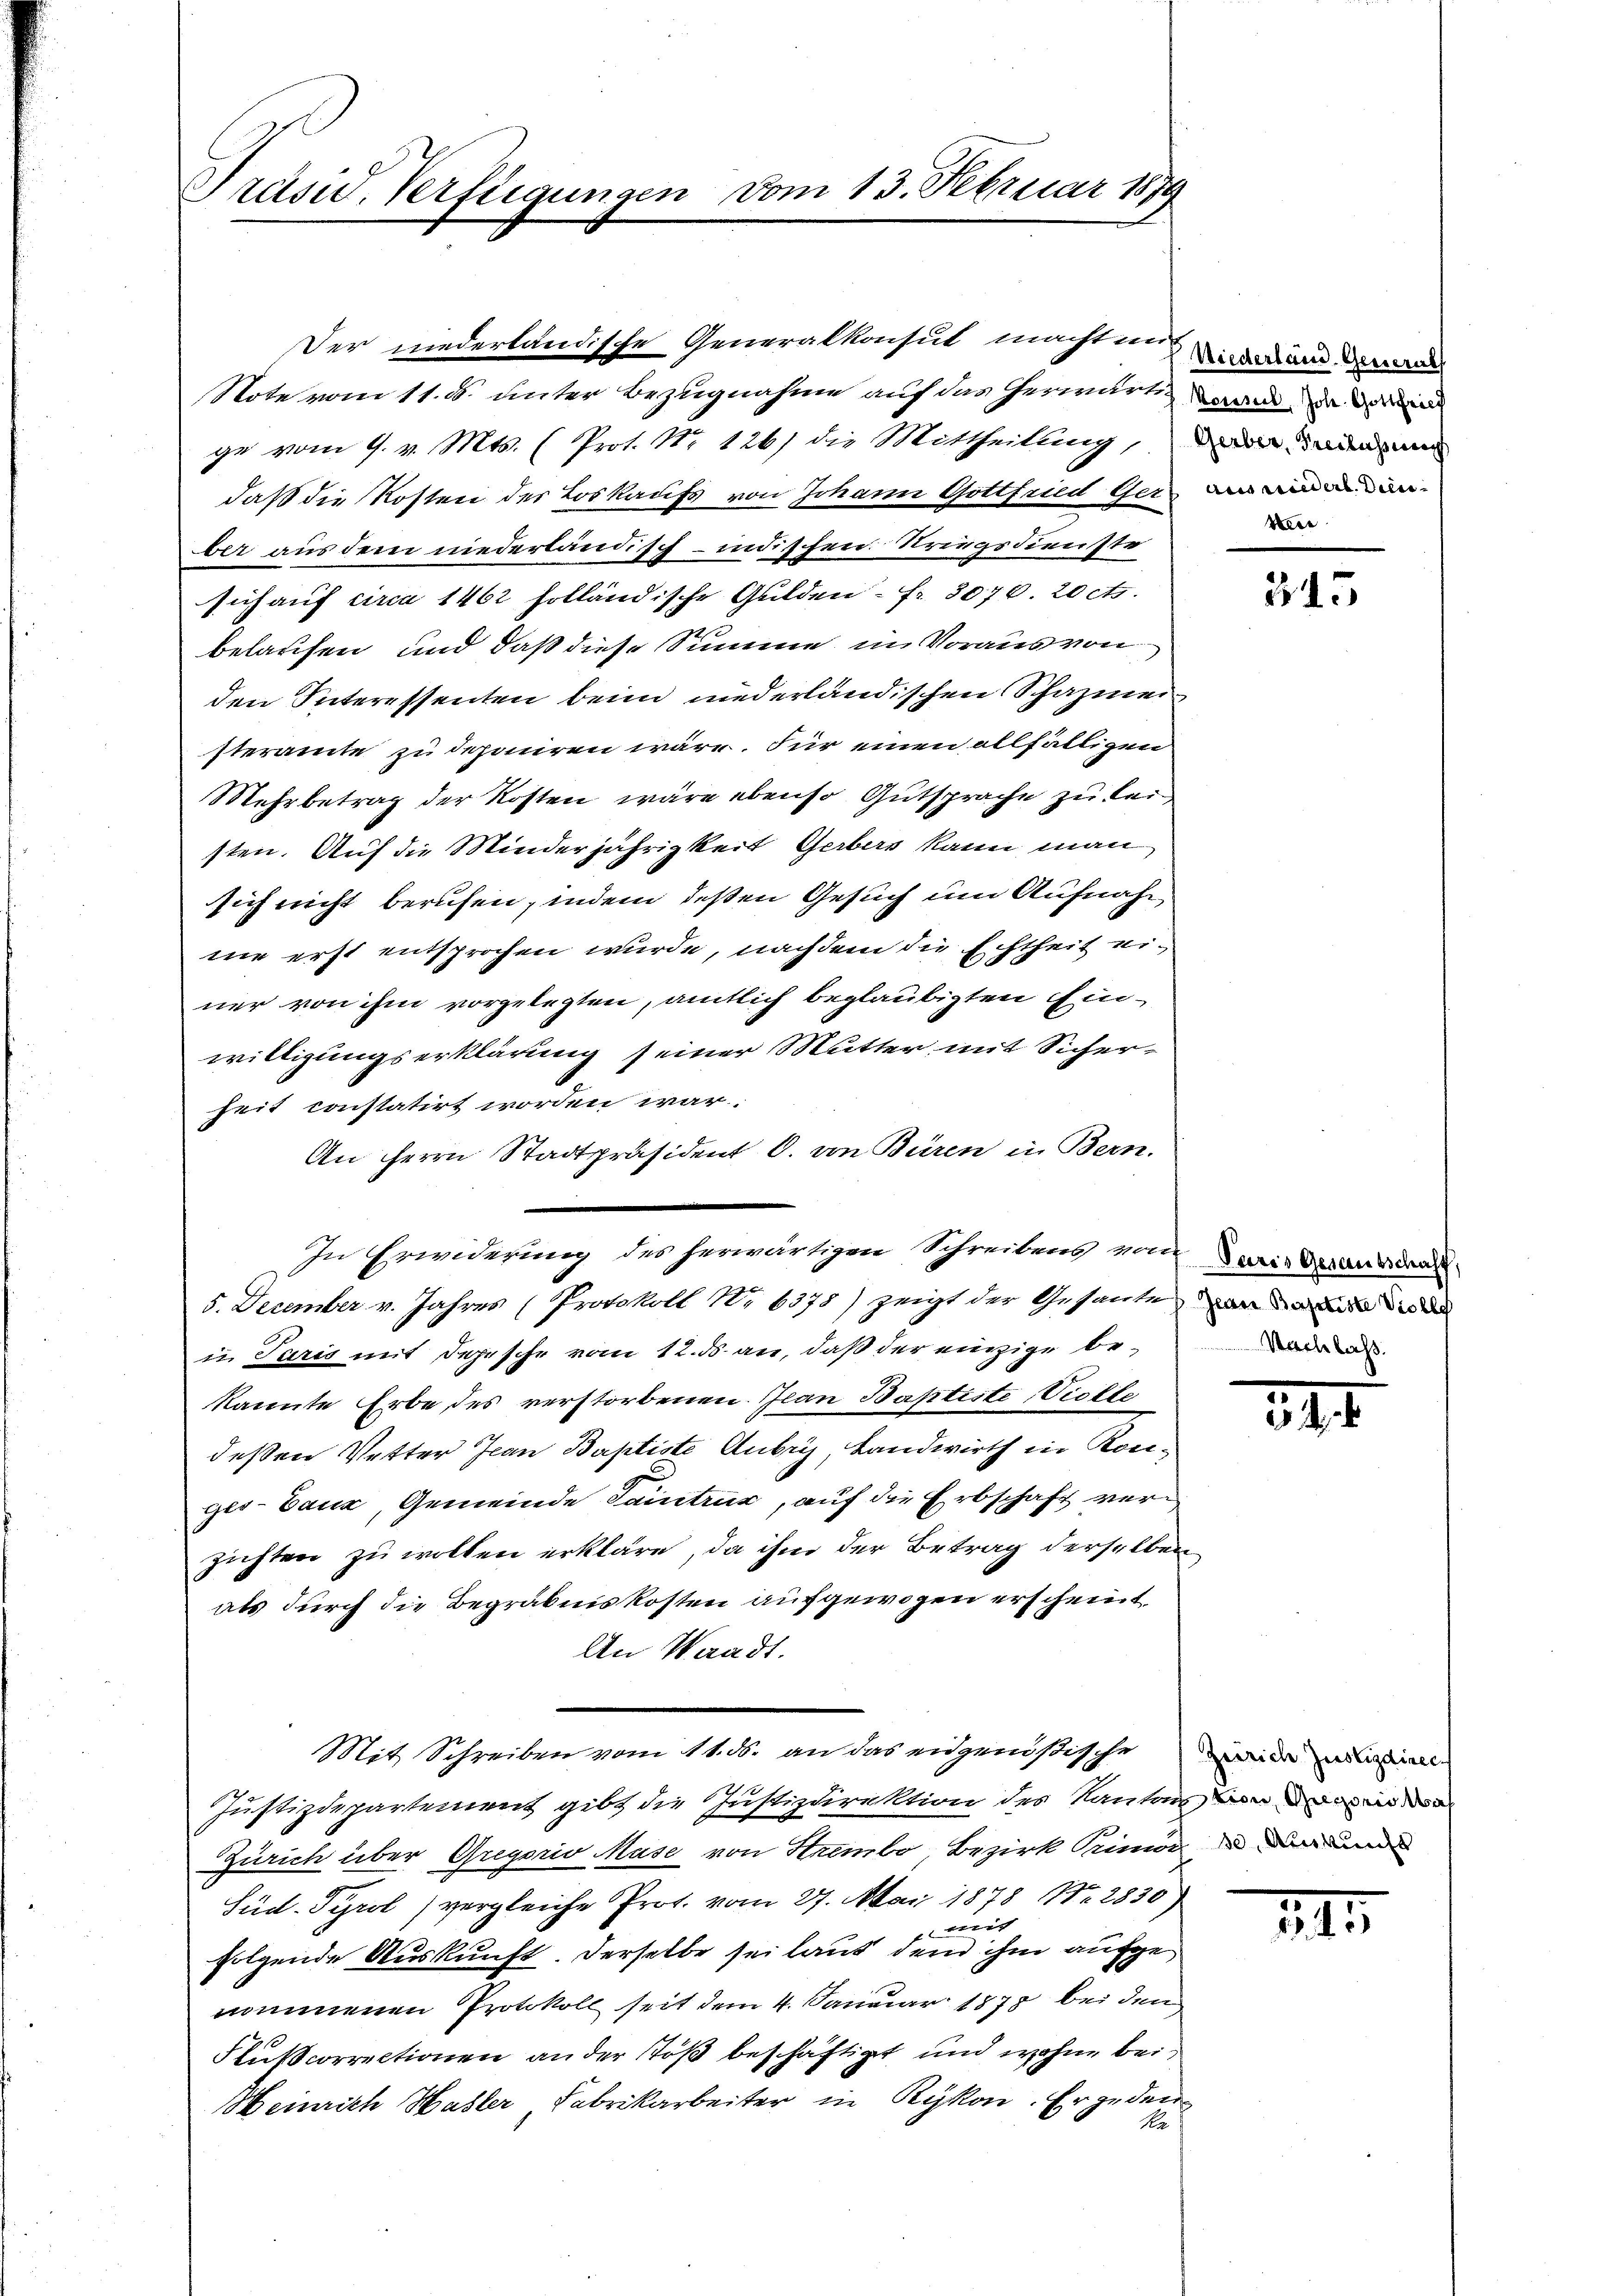
Präsid. Verftigungen vom 13. Februar 1879

Der niederländische Generalkonsul machtung an d
Note vom 11. ds. unter Bezugnahme auf das Verwart wand in den
ge vom 9. v. Mts. (Prot. No 126) die Mittheilung, dann dann m
daß die Kosten der Loskaufs von Johann Gottfried Ger
ber aus dem niederländisch-indischen Kriegsdienste
sich auf circa 1462 folländische Gulden - Fr. 3076. 20 cts.
belaufen und daß diese Summe in Voraus von
den Interessenten beim niederlandischen Schazmei
steramte zu deponiren wäre. Für einen allfälligen
Mehrbetrag der Kosten wäre ebenso Gutsprache zu keisten. Auf die Minderjährigkeit Gerbers kann man
sich nicht beruhen, indem deßen Gesuch um Aufnahnie erst entsprochen wurde, nachdem die Echtheit einer von ihm vorgelegten, amtlich beglaubigten Einwilligungserklärung seiner Mutter mit Sicherheit constatirt worden war.
An Herrn Stadtpräsident C. von Büren in Bern.
In Erwiderung des herwärtigen Schreibens von daris Gesand
5. December v. Jahres (Protokoll No 6378) zeigt der Gesante und und der
in Paris mit Depesche vom 12. ds. an, daß der einzige bekannte Erbe des verstorbenen. Jean Baptiste Vielle
deßen Vetter Jean Baptiste Aubry, Landwirth in Konges-Bauz, Gemeinde Saintrug, auf die Erbschaft verzichten zu wollen erkläre, da ihm der Betrag derselben
als durch die Begräbniskosten aufgewogen erscheint
An Waadt.
Mit Schreiben vom 11. ds. an das eidgenößische
Justizdepartement gibt die Justizdirektion des Kantons in de
Zürich über Gregoris Mase von Hrembo Bezirk Primar und
Süd. Tyrol vergleiche Prot. vom 27. Mai 1878 No. 2830)
mit
f
folgende Auskunft. Derselbe sei laut dem ihm aufge
nommenen Protokoll seit dem 4. Januar 1878 bei den
Flußcorrectionen an der Stoß beschäftigt und wohne bei
Heinrich Hasler Fabrikarbeiter in Rykon. Er jeden
Ka

aus wiederl. Dienxere

345

Nachlass

34

Zeirich Zustizdirec

III.